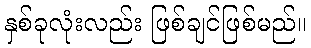
နှစ်ခုလုံးလည်း ဖြစ်ချင်ဖြစ်မည်။